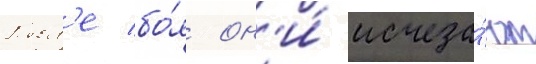
Посл'е бо́я он'и́ исчеза́ют